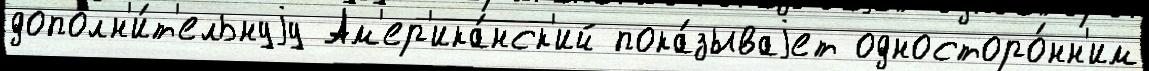
дополн'и́т'ельнуjу Ам'ер'ика́нск'ий пока́зываjет односторо́нн'им